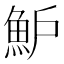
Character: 魲